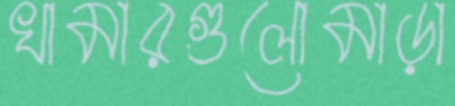
খামারগুলোমাড়া